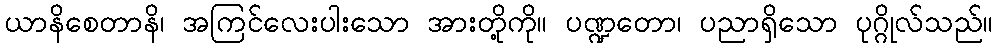
ယာနိစေတာနိ၊ အကြင်လေးပါးသော အားတို့ကို။ ပဏ္ဍတော၊ ပညာရှိသော ပုဂ္ဂိုလ်သည်။